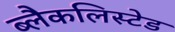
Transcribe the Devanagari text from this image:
ब्लैकलिस्टेड